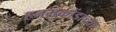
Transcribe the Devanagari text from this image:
हनमकोंडाच्या